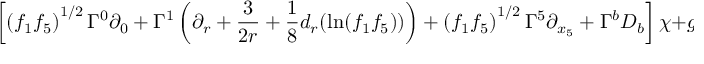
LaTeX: \left[ \left( f _ { 1 } f _ { 5 } \right) ^ { 1 / 2 } \Gamma ^ { 0 } \partial _ { 0 } + \Gamma ^ { 1 } \left( \partial _ { r } + \frac { 3 } { 2 r } + \frac { 1 } { 8 } d _ { r } ( \ln ( f _ { 1 } f _ { 5 } ) ) \right) + \left( f _ { 1 } f _ { 5 } \right) ^ { 1 / 2 } \Gamma ^ { 5 } \partial _ { x _ { 5 } } + \Gamma ^ { b } D _ { b } \right] \chi + g ( r ) \chi = 0